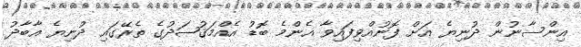
އިންސާނުން ދުނިޔެ އަށް ފޮނުއްވިފައިވާ އެންމެ ބޮޑު އެއްމަޤުޞަދުގެ ތެރޭގައި ދުނިޔެ އާބާދު